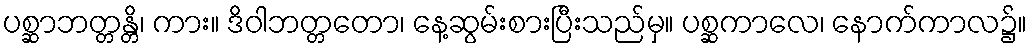
ပစ္ဆာဘတ္တန္တိ၊ ကား။ ဒိဝါဘတ္တတော၊ နေ့ဆွမ်းစားပြီးသည်မှ။ ပစ္ဆကာလေ၊ နောက်ကာလ၌။